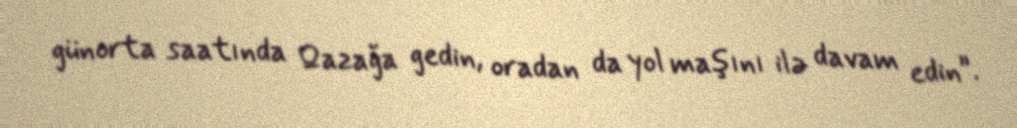
günorta saatında Qazağa gedin, oradan da yol maşını ilə davam edin”.